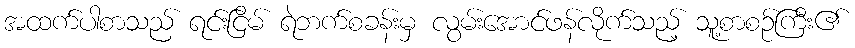
အထက်ပါစာသည် ရင်းငြိမ် ရဲဘက်စခန်းမှ လွမ်းအောင်ဖန်လိုက်သည့် သူ့စာစဉ်ကြီး၏